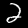
Digit: 2